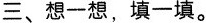
三、想一想，填一填。